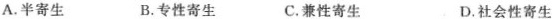
A.半寄生 B.专性寄生 C.兼性寄生 D.社会性寄生